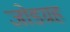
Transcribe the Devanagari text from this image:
जोडग्रह